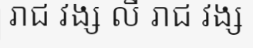
រាជ វង្ស លី រាជ វង្ស